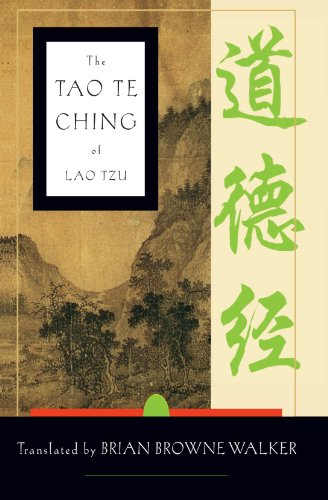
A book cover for The Tao Te Ching of Lao Tzu; Lao Tzu; Religion & Spirituality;